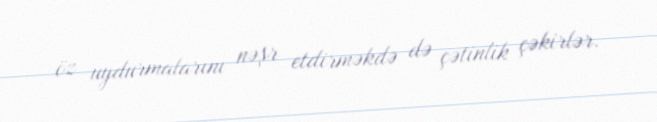
öz uydurmalarını nəşr etdirməkdə də çətinlik çəkirlər.